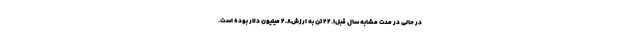
در حالی در مدت مشابه سال قبل۲۲.۱ تن به ارزش۲.۸ میلیون دلار بوده است.